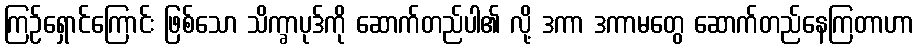
ကြဉ်ရှောင်ကြောင်း ဖြစ်သော သိက္ခာပုဒ်ကို ဆောက်တည်ပါ၏ လို့ ဒကာ ဒကာမတွေ ဆောက်တည်နေကြတာဟာ